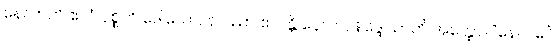
နေလာတိ ဧလံ ဝုစ္စတိ ဒေါသော, နာဿာ ဧလန္တိ နေလာ, နိဒ္ဒေါသာတိ အတ္ထော။ “နေလင်္ဂေါ